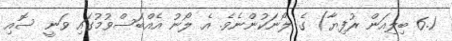
6.1 ބިލިއަން ރުފިޔާ) ގެ ލޯނަކުންނެވެ. އެ ލޯނު އެއްބަސްވުމުގައި ވަނީ ސޮއި